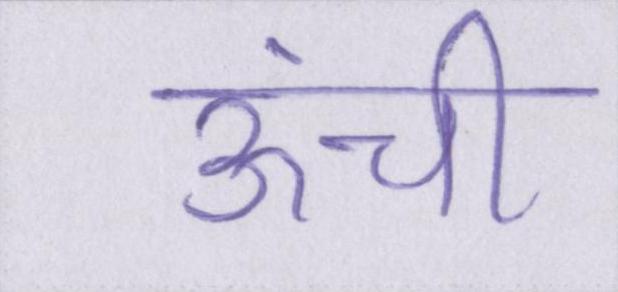
ऊंची